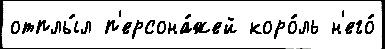
отплы́л п'ерсона́жей коро́ль н'его́